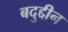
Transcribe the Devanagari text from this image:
बदुद्दीन